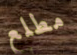
مطلع